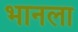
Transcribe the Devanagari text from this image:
भानला